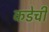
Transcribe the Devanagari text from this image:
कडेची